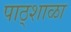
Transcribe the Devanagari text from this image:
पाठ्शाळा